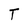
Character: T